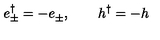
e _ { \pm } ^ { \dag } = - e _ { \pm } ^ { } , \qquad h _ { } ^ { \dag } = - h